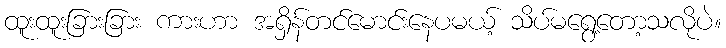
ထူးထူးခြားခြား ကားဟာ အရှိန်တင်မောင်းနေပမယ့် သိပ်မရွေ့တော့သလိုပဲ။